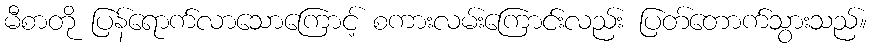
မီစာတို ပြန်ရောက်လာသောကြောင့် စကားလမ်းကြောင်းလည်း ပြတ်တောက်သွားသည်။